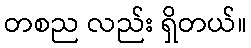
တစည လည်း ရှိတယ်။